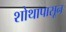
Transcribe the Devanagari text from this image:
शोथापासून